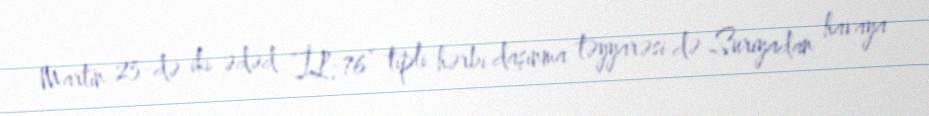
Martın 25-də iki ədəd “İL-76” tipli hərbi daşınma təyyarəsi də Suriyadan havaya